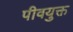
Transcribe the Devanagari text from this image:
पीवयुक्त